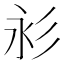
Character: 𢒋